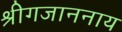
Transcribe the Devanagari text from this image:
श्रीगजाननाय